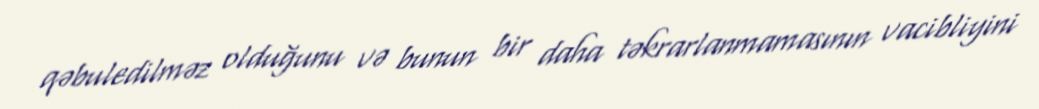
qəbuledilməz olduğunu və bunun bir daha təkrarlanmamasının vacibliyini